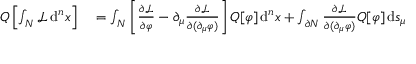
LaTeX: \begin{array} { r l } { Q \left[ \int _ { N } { \mathcal { L } } \, \mathrm { d } ^ { n } x \right] } & { { } = \int _ { N } \left[ { \frac { \partial { \mathcal { L } } } { \partial \varphi } } - \partial _ { \mu } { \frac { \partial { \mathcal { L } } } { \partial ( \partial _ { \mu } \varphi ) } } \right] Q [ \varphi ] \, \mathrm { d } ^ { n } x + \int _ { \partial N } { \frac { \partial { \mathcal { L } } } { \partial ( \partial _ { \mu } \varphi ) } } Q [ \varphi ] \, \mathrm { d } s _ { \mu } } \end{array}